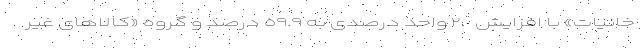
خانیات» با افزایش ٢.٠ واحد درصدی به ٥٩.٩ درصد و گروه «کالاهای غیر